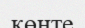
көнте